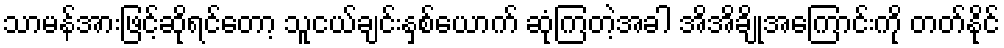
သာမန်အားဖြင့်ဆိုရင်တော့ သူငယ်ချင်းနှစ်ယောက် ဆုံကြတဲ့အခါ အိအိချိုအကြောင်းကို တတ်နိုင်